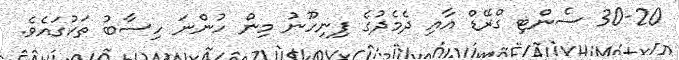
30-20 ސެންޓި ގްރޭޑް އާއި ދެމެދުގެ ފިނިހޫނު މިން ހުންނަ ހިސާބު ތަކުގައެވެ.